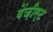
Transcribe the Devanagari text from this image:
बेंज़ीएट